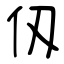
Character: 仭